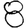
Digit: 8